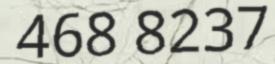
468 8237